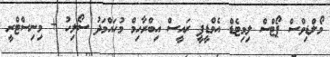
މޯލްޑިވްސް ޕޯޓްސް ލިމިޓެޑް އެމްޑީޕީ ރައީސް އިބްރާހިމް މުހައްމަދު ސޯލިހު + މިނިސްޓްރީ